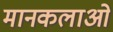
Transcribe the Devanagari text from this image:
मानकलाओ